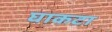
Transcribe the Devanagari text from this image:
घाकटा